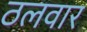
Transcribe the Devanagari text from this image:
ठलवार